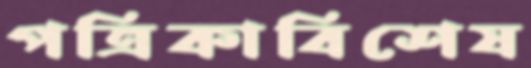
পত্রিকাবিশেষ